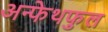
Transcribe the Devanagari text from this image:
अन्फेथफुल